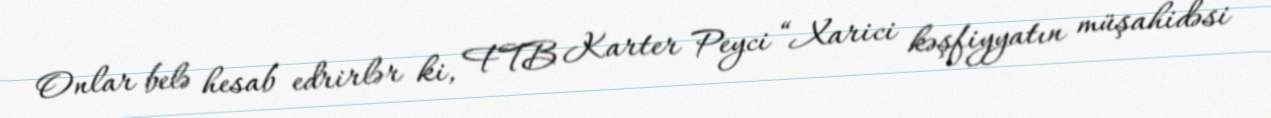
Onlar belə hesab edrirlər ki, FTB Karter Peyci “Xarici kəşfiyyatın müşahidəsi